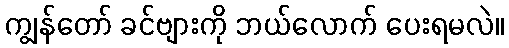
ကျွန်တော် ခင်ဗျားကို ဘယ်လောက် ပေးရမလဲ။